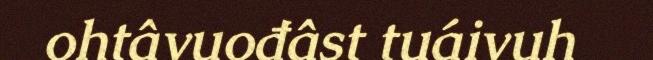
ohtâvuođâst tuáivuh